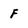
Character: F